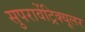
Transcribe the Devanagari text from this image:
सुपरावेंट्रिक्यूलर